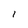
Character: l